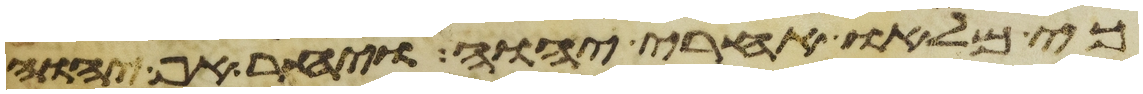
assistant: כי מלאו אחרי יהוה ויחר אף יהוה